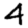
Digit: 4